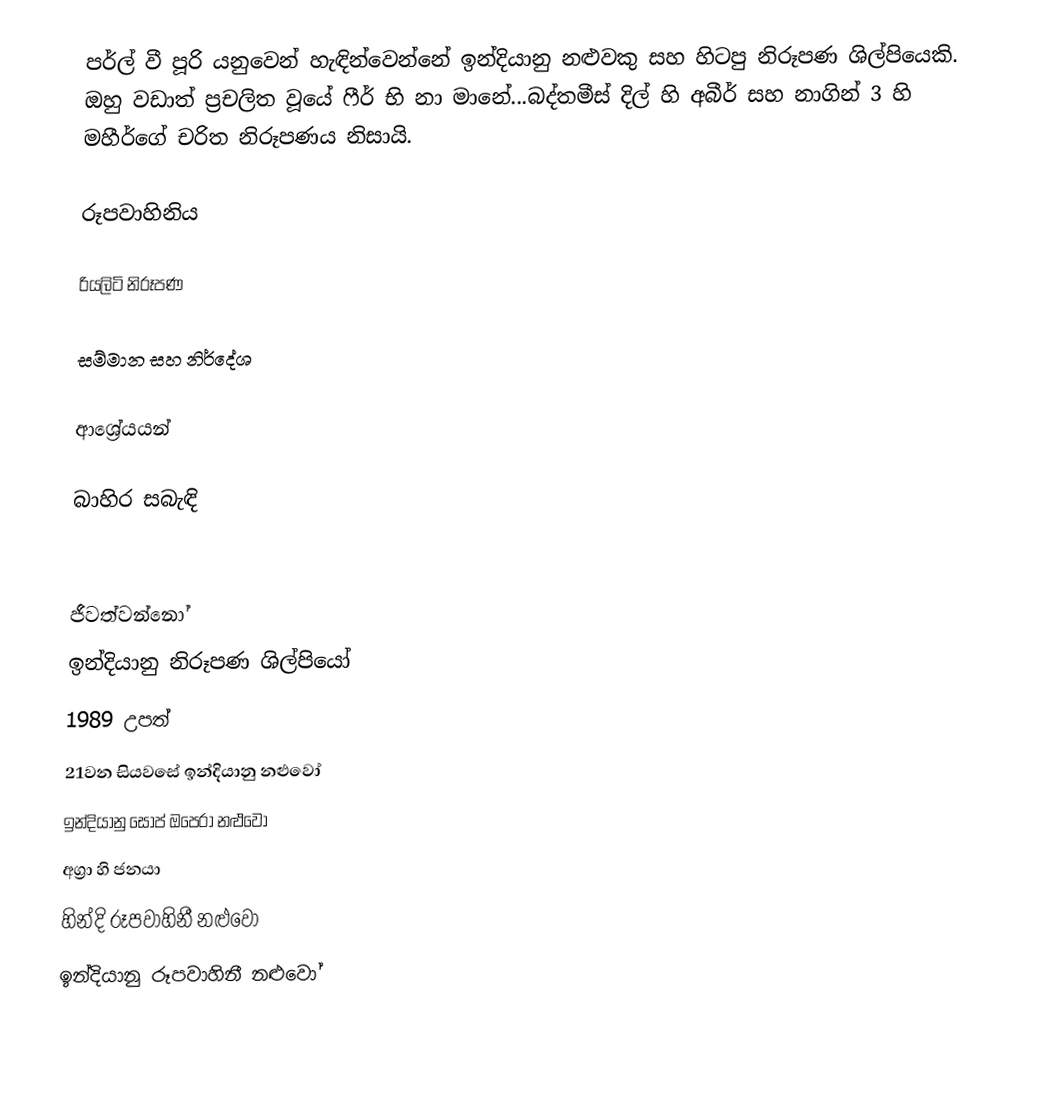
පර්ල් වී පූරි යනුවෙන් හැඳින්වෙන්නේ ඉන්දියානු නළුවකු සහ හිටපු නිරූපණ ශිල්පියෙකි. ඔහු වඩාත් ප්‍රචලිත වූයේ ෆීර් භි නා මානේ...බද්තමීස් දිල් හි අබීර් සහ නාගින් 3 හි මහීර්ගේ චරිත නිරූපණය නිසායි.

රූපවාහිනිය

රියලිටි නිරූපණ

සම්මාන සහ නිර්දේශ

ආශ්‍රේයයන්

බාහිර සබැඳි

ජීවත්වන්නෝ
ඉන්දියානු නිරූපණ ශිල්පියෝ
1989 උපත්
21වන සියවසේ ඉන්දියානු නළුවෝ
ඉන්දියානු සෝප් ඔපෙරා නළුවෝ
අග්‍රා හි ජනයා
හින්දි රූපවාහිනී නළුවෝ
ඉන්දියානු රූපවාහිනී නළුවෝ